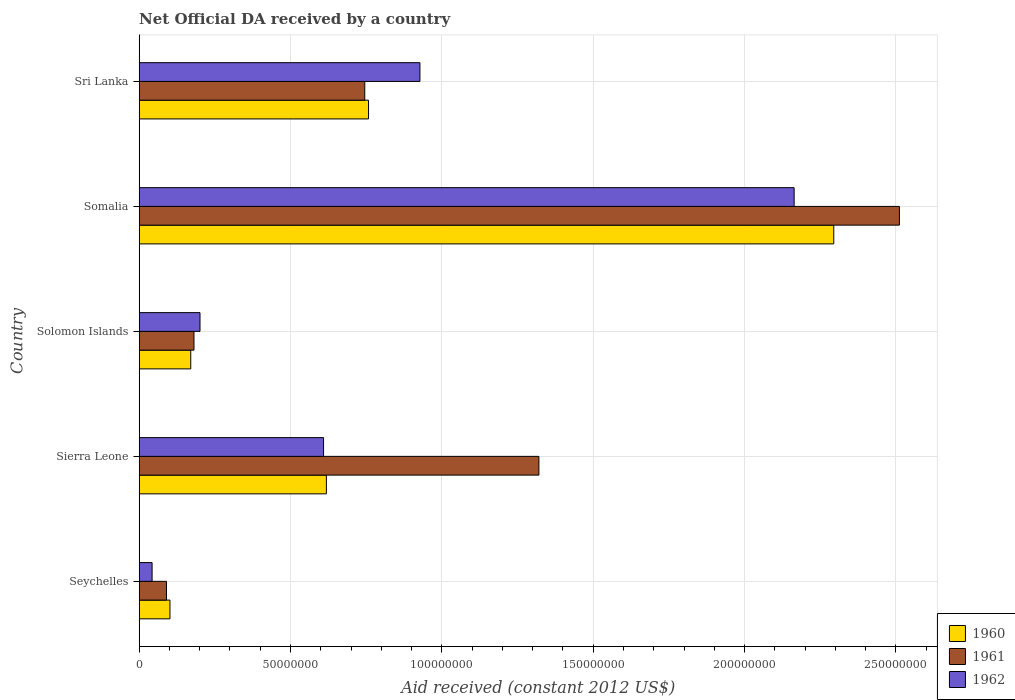
| Country | 1960 | 1961 | 1962 |
 | --- | --- | --- | --- |
 | Seychelles | 1.02e+07 | 9.03e+06 | 4.27e+06 |
 | Sierra Leone | 6.18e+07 | 1.32e+08 | 6.09e+07 |
 | Solomon Islands | 1.7e+07 | 1.81e+07 | 2.01e+07 |
 | Somalia | 2.29e+08 | 2.51e+08 | 2.16e+08 |
 | Sri Lanka | 7.58e+07 | 7.45e+07 | 9.28e+07 |